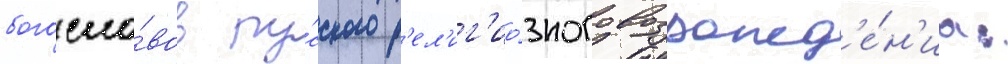
богосло́вов ру́сского р'ел'иг'ио́зного возрожд'е́н'иа: